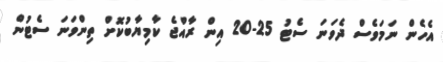
އެހެން ނަމަވެސް ދެވަނަ ސެޓު 25-20 އިން ރާއްޖެ ކާމިޔާބުކޮށް ތިންވަނަ ސެޓުން